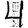
Digit: 4